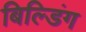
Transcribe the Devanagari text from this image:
बिल्‍डिंग